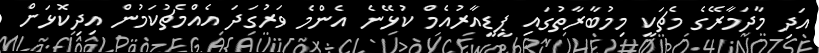
އަދި މާދަމާރޭގެ މެޗަކީ މިމުބާރާތުގައި ޕީޑީއާރުއެމް ކުޅޭނެ އެންމެ ވަރުގަދަ އެއްމެޗުކަމުން އިދިކޮޅަށް